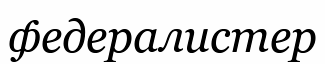
федералистер